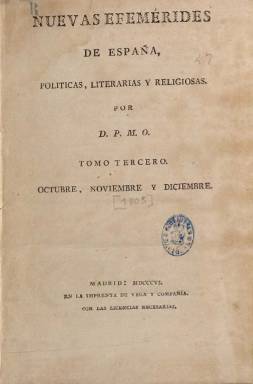
Título: Nuevas efemérides de España políticas, literarias y religiosas
Colección: Historia || Literatura
Ámbito geográfico: Madrid
Lugar de publicación: Madrid
Fechas: 01/10/1805-31/03/1806

Este es el título que aparece en la portada de los tomos tercero y cuarto de esta obra periódica. El primero de ellos corresponde al periodo de octubre a diciembre de 1805, pues el año 1806 que aparece en la misma debe ser considerado una errata; y el segundo, de enero a marzo de 1806. Este periódico es continuación del también bisemanario que anteriormente venía publicándose bajo el título: Nuevas efemérides de España históricas y literarias, que también forma parte de la colección de la Biblioteca Nacional de España. Sigue indicando en las portadas de sendos tomo a su autor: “D.P.M.O.”, es decir, don Pedro María Olive (1767-1843), un ilustrado moderado que tendió a hacerse conservador, y que se había hecho cargo del periódico en abril de 1805, comprándoselo a su fundador, Julián Velasco.

Asimismo, sigue siendo estampado el periódico, “con las licencias necesarias”, en la Imprenta de Vega y Compañía, en formato 4º, compuesto a una columna, sin grabados y foliación continuada. Pero, sin secuenciar ni llevar cabecera alguna sus entregas, que ahora son mensuales (Le Guellec: 2016). El tomo tercero alcanzará hasta las 344 páginas, y el cuarto, hasta las 309, y al final de este va un Índice alfabético general de las materias contenidas en los cuatro volúmenes o tomos para poderse usar como diccionario, de 56 páginas.

Continúa publicando artículos sobre literatura, economía, filosofía, agricultura, educación, medicina, legislación o ciencias, así como noticias de literatura, anuncios de libros, de espectáculos y de representaciones teatrales en Madrid, además de otras noticias necrológicas e históricas.

En las Efemérides… colaboraron Isidoro de Antillón, Bernardo Calzada, Luis Carlos y Zúñiga, Antonio Carbonell, Diego Consul Jove y José Antonio Conde (Aguilar Piñal: 1978)

Debido a la falta de éxito del periódico, Olive había solicitado un nuevo cambio en el título de la publicación, concediéndole el juez de Imprentas el de Minerva o El Revisor general, que el periodista editará desde octubre de 1805 a mayo de 1808 y entre julio de 1817 y junio de 1818. Referencias bibliográficas para este título y Olive son, principalmente, las de Urzainqui (1990, 1992, 1995 y 2000), Cavaillon Giomi (2009) y Checa Beltrán (2014).